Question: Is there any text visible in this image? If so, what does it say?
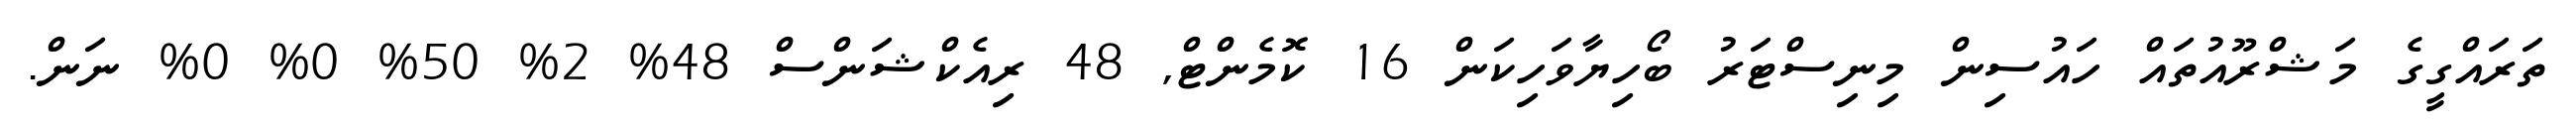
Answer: ތަރައްގީގެ މަޝްރޫއުތައް ހައުސިން މިނިސްޓަރު ބޯހިޔާވަހިކަން 16 ކޮމެންޓް, 48 ރިއެކްޝަންސް 48% 2% 50% 0% 0% ނަން.